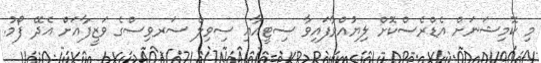
މި ކޮމިޝަނަށް އެޑްރެސްކޮށް ލިޔުއްވާފައިވާ ސިޓީއާއި ސިވިލް ސަރވިސްގެ ވަޒީފާއަށް އެދޭ ފޯމު.